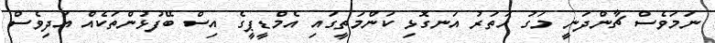
ނަމަވެސް ޗާންދަނީ މަގު ހަތަރު އަނގޮޅި ކަންމަތީގައި އެމްޑީޕީގެ އިސް ބޭފުޅުންތަކެއް އަދިވެސް